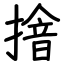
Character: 摿